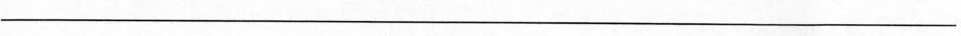
_________________________________